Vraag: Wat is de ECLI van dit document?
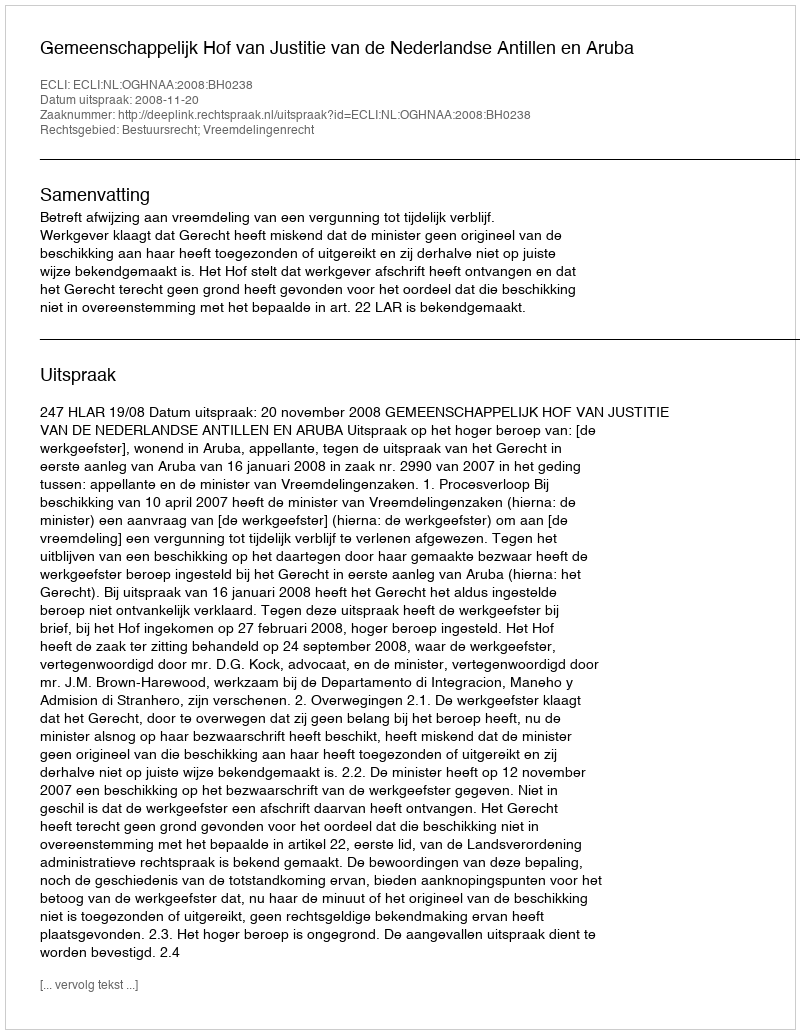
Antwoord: ECLI:NL:OGHNAA:2008:BH0238